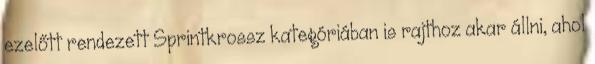
ezelőtt rendezett Sprintkrossz kategóriában is rajthoz akar állni, ahol